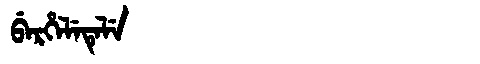
Manchu: ᠪᡝᡵᡥᡝᠯᡝᡨᡝᠯᡝ
Romanization: BERHELETELE